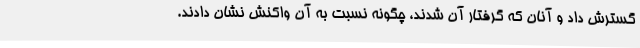
گسترش داد و آنان که گرفتار آن شدند، چگونه نسبت به آن واکنش نشان دادند.